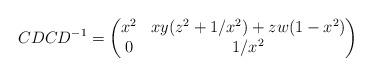
LaTeX: \begin{align*} CDCD^{-1} = \begin{pmatrix} x^2 & xy(z^2+1/x^2)+zw(1-x^2) \\ 0 & 1/x^2 \end{pmatrix} \end{align*}